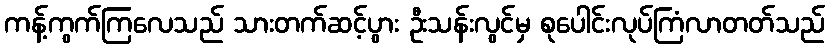
ကန့်ကွက်ကြလေသည် သားတက်ဆင့်ပွား ဦးသန်းလွင်မှ စုပေါင်းလုပ်ကြံလာတတ်သည်